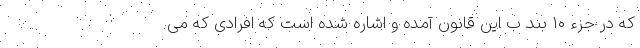
که در جزء ۱۰ بند ب این قانون آمده و اشاره شده است که افرادی که می